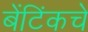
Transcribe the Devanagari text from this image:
बेंटिंकचे